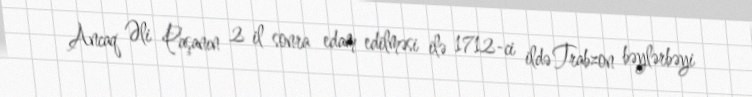
Ancaq Əli Paşanın 2 il sonra edam edilməsi ilə 1712-ci ildə Trabzon bəylərbəyi